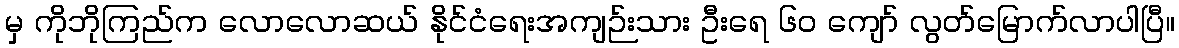
မှ ကိုဘိုကြည်က လောလောဆယ် နိုင်ငံရေးအကျဉ်းသား ဦးရေ ၆၀ ကျော် လွတ်မြောက်လာပါပြီ။